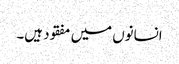
انسانوں میں مفقود ہیں۔